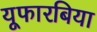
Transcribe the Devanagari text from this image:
यूफारबिया